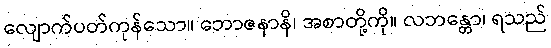
လျောက်ပတ်ကုန်သော။ ဘောဇနာနိ၊ အစာတို့ကို။ လဘန္တော၊ ရသည်